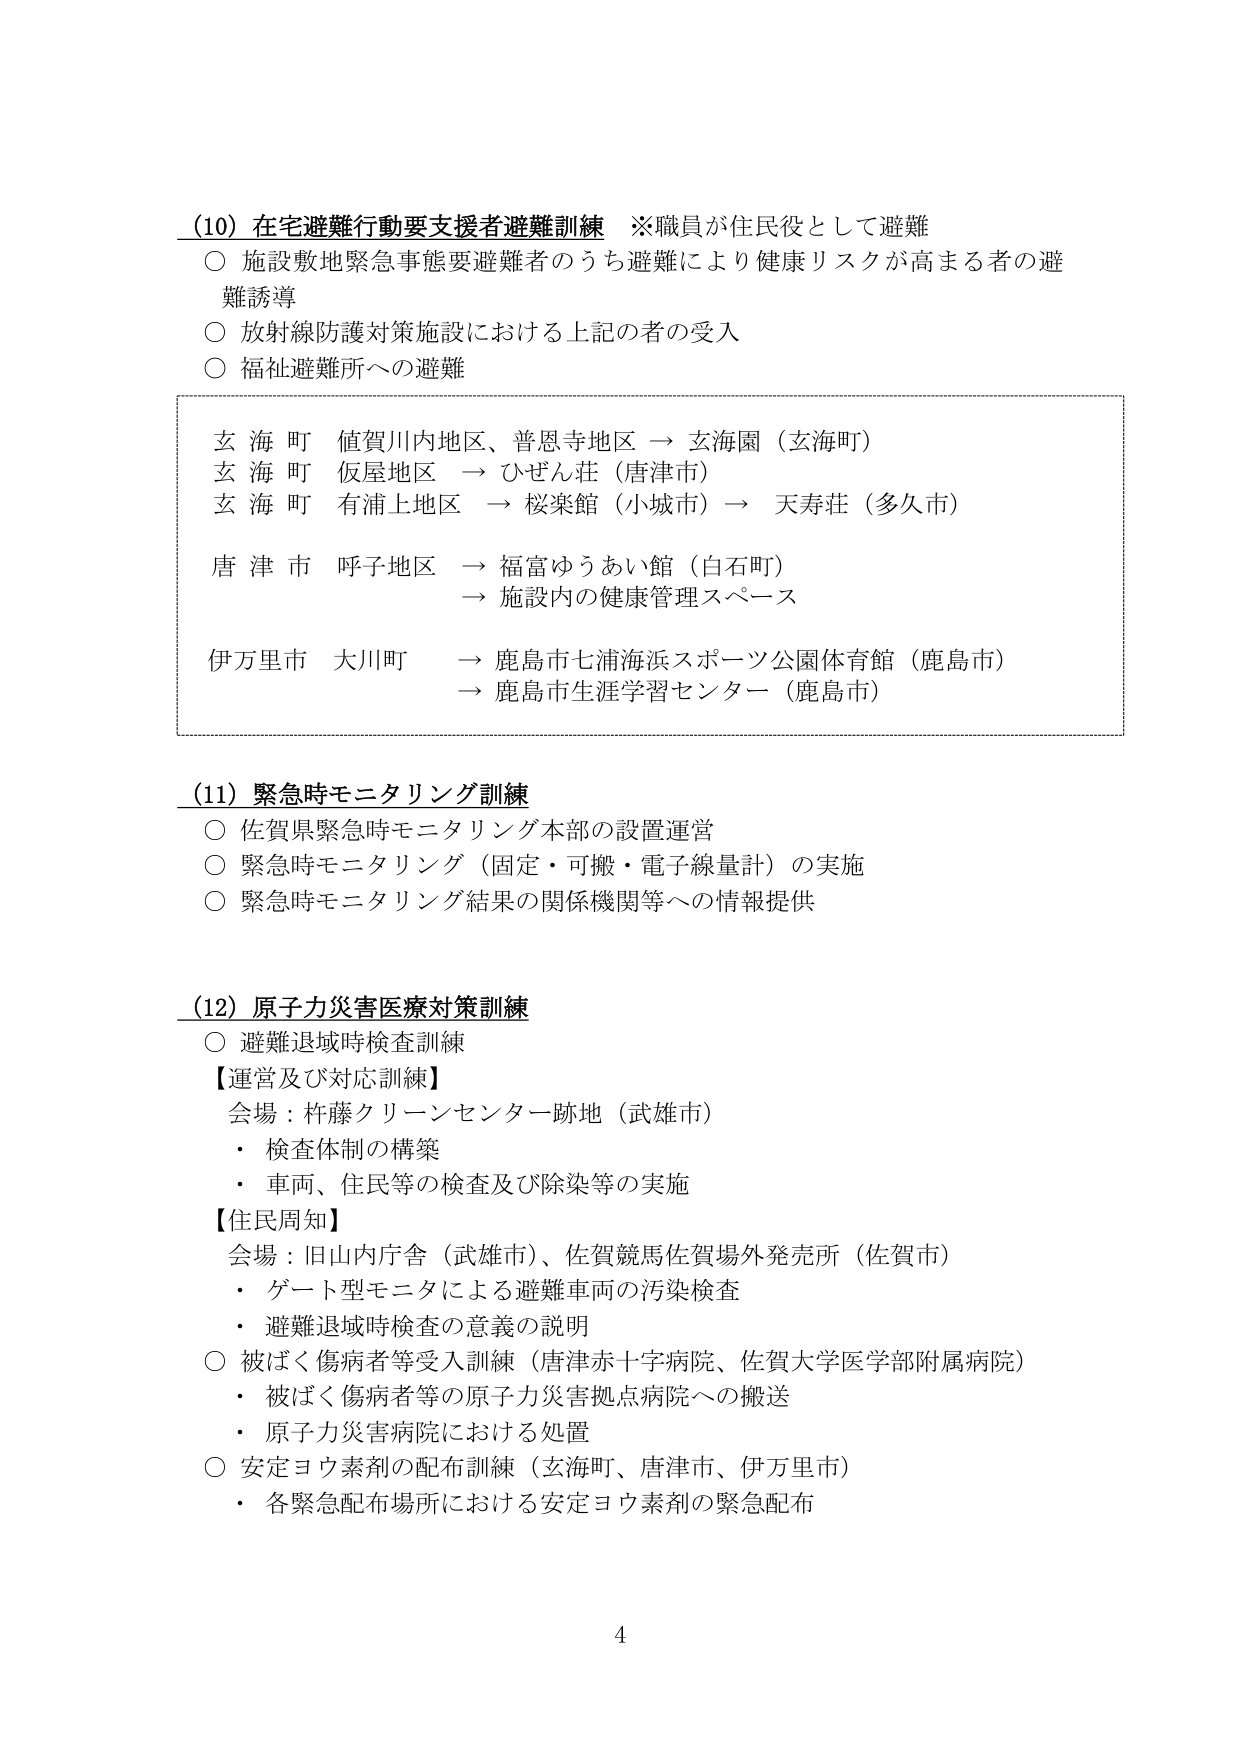
(10) 在宅避難行動要支援者避難訓練 ※職員が住民役として避難
○ 施設敷地緊急事態要避難者のうち避難により健康リスクが高まる者の避難誘導
○ 放射線防護対策施設における上記の者の受入
○ 福祉避難所への避難

玄海町 値賀川内地区、普恩寺地区 → 玄海園（玄海町）
玄海町 仮屋地区 → ひぜん荘（唐津市）
玄海町 有浦上地区 → 桜楽館（小城市）→ 天寿荘（多久市）
唐津市 呼子地区 → 福富ゆうあい館（白石町）
　　　　　　　　　→ 施設内の健康管理スペース
伊万里市 大川町 → 鹿島市七浦海浜スポーツ公園体育館（鹿島市）
　　　　　　　　　→ 鹿島市生涯学習センター（鹿島市）

(11) 緊急時モニタリング訓練
○ 佐賀県緊急時モニタリング本部の設置運営
○ 緊急時モニタリング（固定・可搬・電子線量計）の実施
○ 緊急時モニタリング結果の関係機関等への情報提供

(12) 原子力災害医療対策訓練
○ 避難退域時検査訓練
【運営及び対応訓練】
　会場：杵藤クリーンセンター跡地（武雄市）
　・ 検査体制の構築
　・ 車両、住民等の検査及び除染等の実施
【住民周知】
　会場：旧山内庁舎（武雄市）、佐賀競馬佐賀場外発売所（佐賀市）
　・ ゲート型モニタによる避難車両の汚染検査
　・ 避難退域時検査の意義の説明
○ 被ばく傷病者等受入訓練（唐津赤十字病院、佐賀大学医学部附属病院）
　・ 被ばく傷病者等の原子力災害拠点病院への搬送
　・ 原子力災害病院における処置
○ 安定ヨウ素剤の配布訓練（玄海町、唐津市、伊万里市）
　・ 各緊急配布場所における安定ヨウ素剤の緊急配布

4